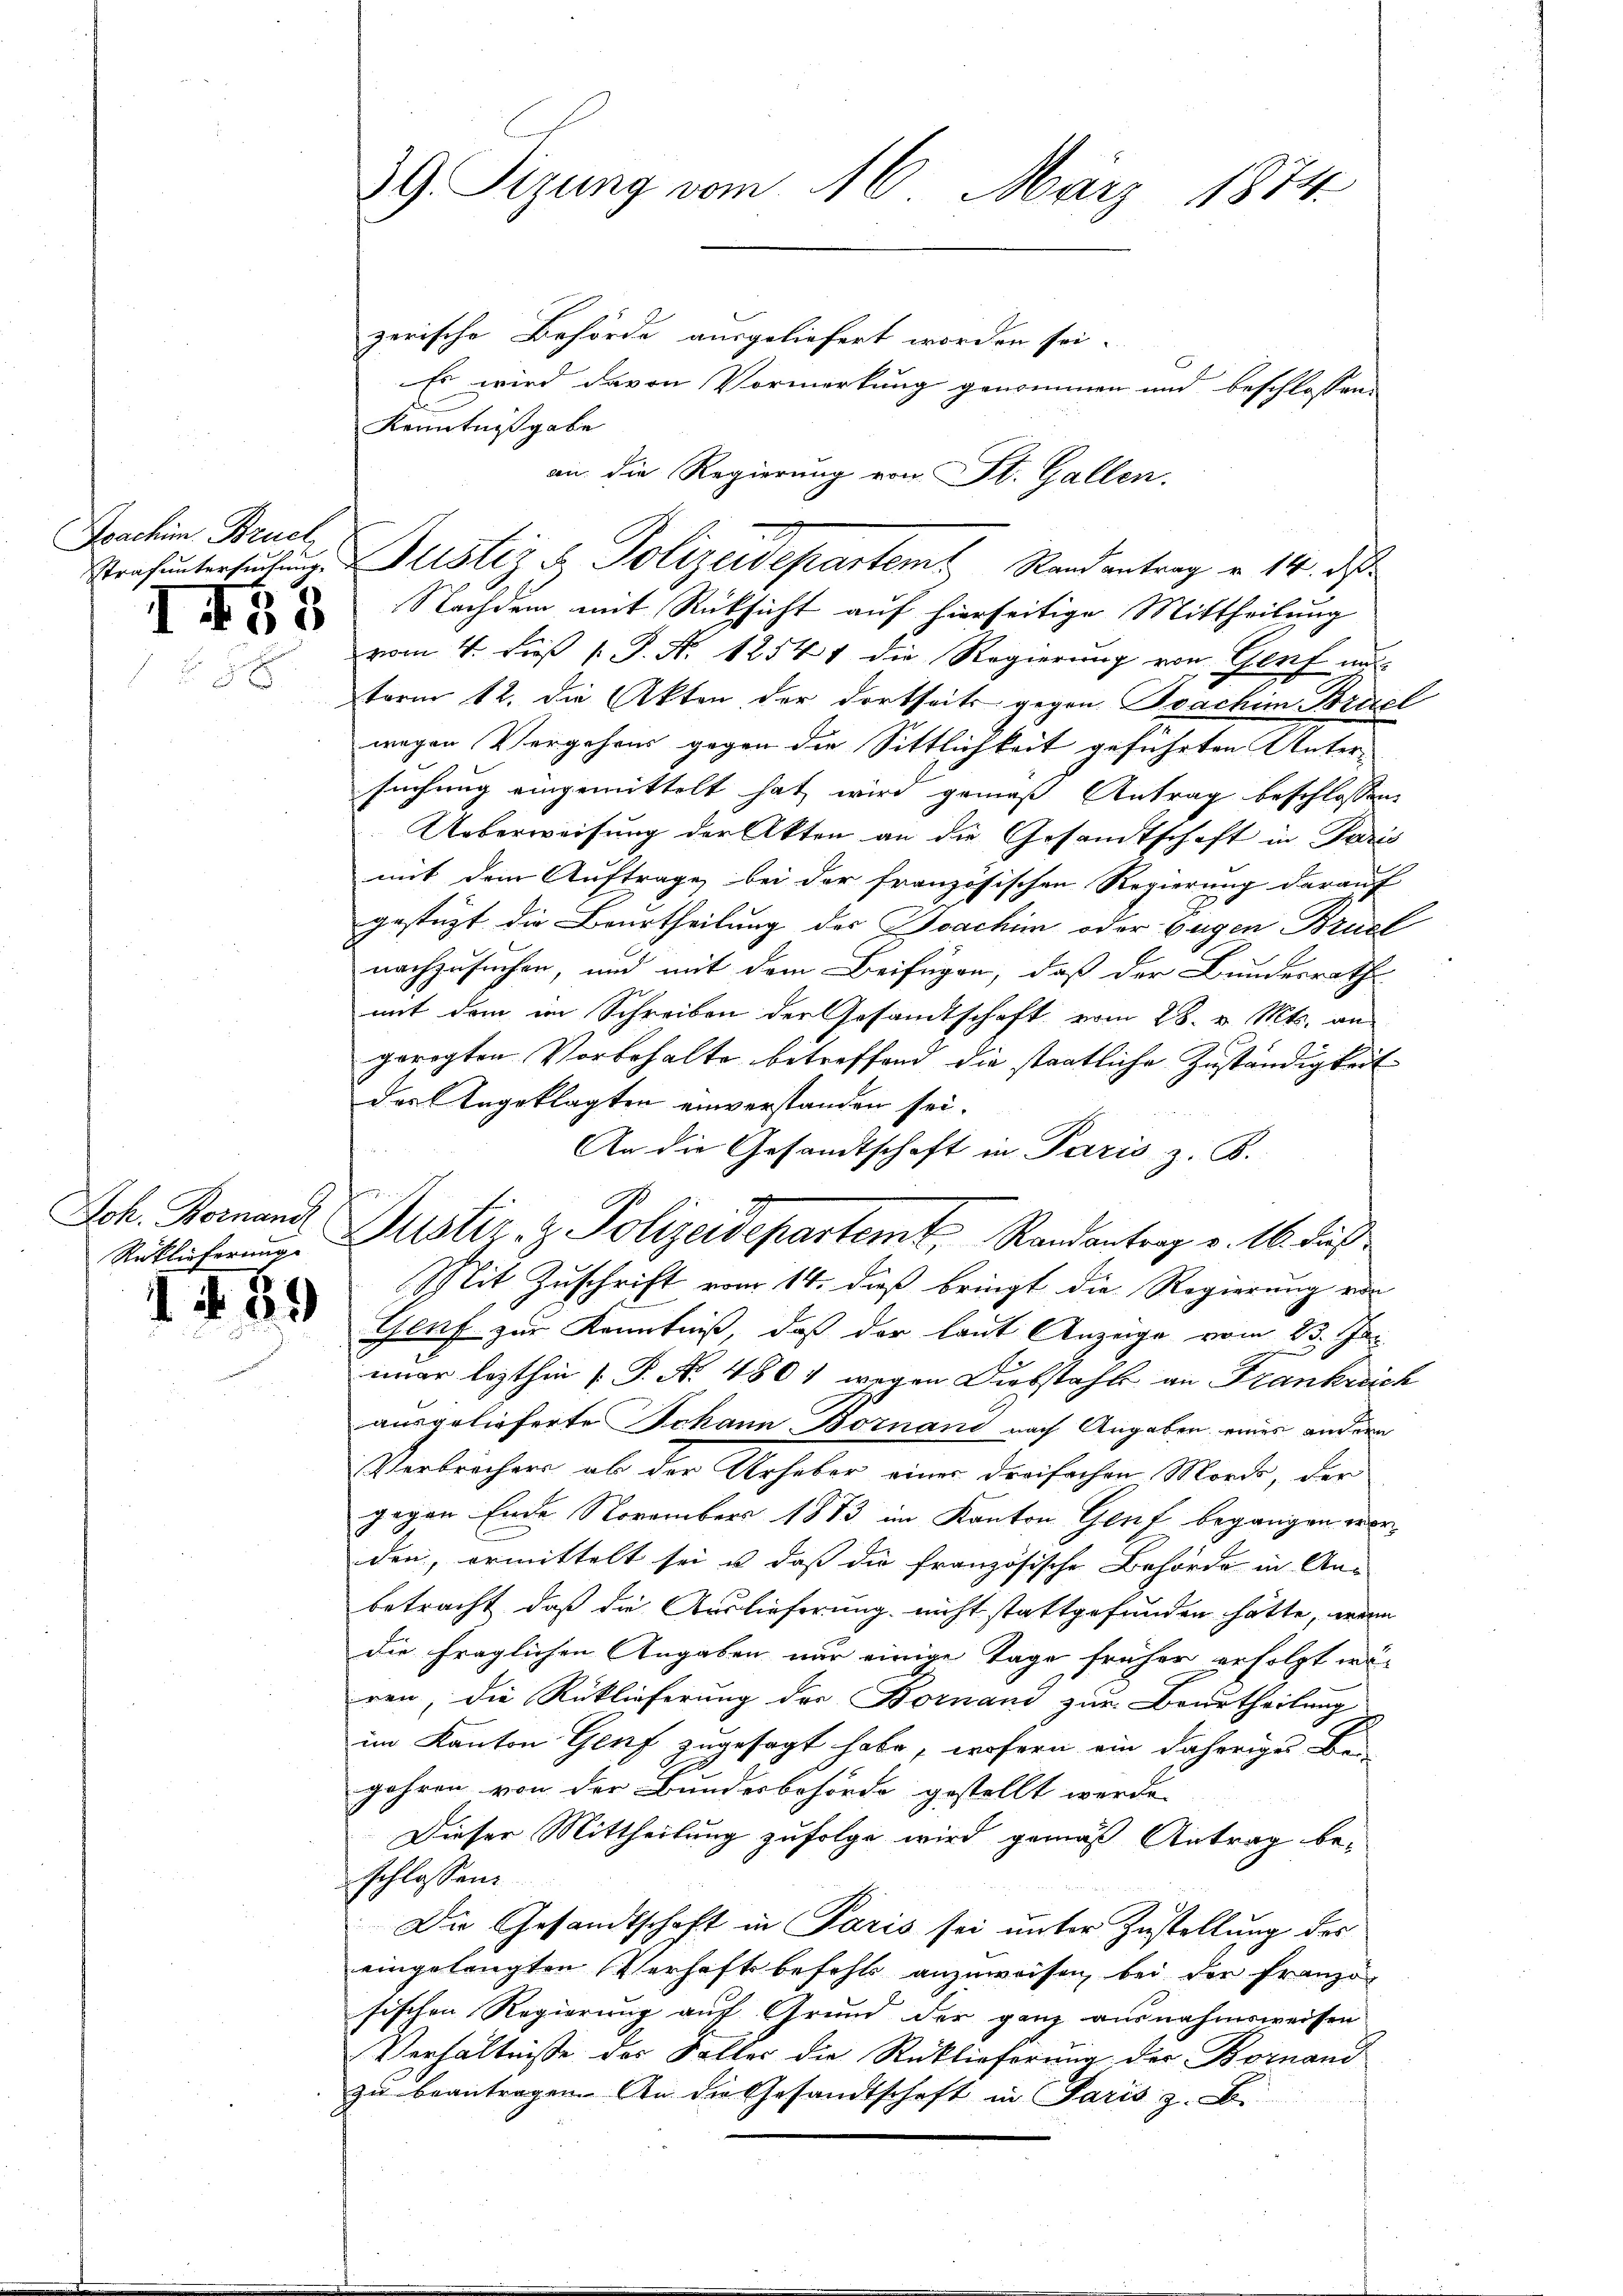
Joachim Bruch

458

Joh. Bornand

189

9. Sizung vom 16. März 1874

zerische Behörde ausgeliefert worden sei.
Es wird davon Vormerkung genommen und beschlossen,
Kenntnißgabe
vom 4. Fuß [ P. N. 12541 die Regierung von Genf mit
term 12. die Akten der dortseits gegen Boachim Bruel
wegen Vergehens gegen die Sittlichkeit geführten Untersuchung eingemittelt hat wird gemäß Antrag beschlossen
Ueberweisung der Akten an die Gesandtschaft in Paris
mit dem Auftrage bei der französischen Regierung darauf
gestützt die Beurtheilung des Joachim oder Eugen Brück
nachzusuchen, und mit dem Beifügen, daß der Bundesrath
mit dem im Schreiben der Gesandtschaft vom 28. v. Mts. an
geregten Vorbehalte betreffend die staatliche Zuständigkeit
das Angeklagten einverstanden sei.
An die Gesandtschaft in Paris z. B.
Mit Zuschrift vom 14. dieß bringt die Regierung von
Gruf zur Kenntniß, daß der laut Anzeige vom 23. Jun
imer lezthin (: P. Nr. 480 & wegen Diebstahle an Frankreich
ausgelieferte Johann Bornand nach Angaben eines andern
Verbrechers ab der Urheber einer dreifachen Mords, der
gegen Ende November 1883 im Kanton Gent begangen worden, ermittelt sei u. daß die französische Behörde in An-
betracht, daß die Auslieferung nicht stattgefunden hätte, wenn
die fraglichen Angaben nur einige Tage früher erfolgt wären, die Rücklieferung der Bornand zur Beurtheilung
im Kanton Genf zugesagt habe, wofern ein daheriges Be-
jahren von der Bundesbehörde gestellt werde.
Dieser Mittheilung zufolge wird gemäß Antrag be-
schlossen:
Die Gesandtschaft in Paris sei unter Zustellung des
eingelangten Verhaftsbefehls anzuweisen, bei der Franzol
sischen Regierung auf Grund der ganz ausnahmsweisen
Verhältnisse des Faller die Rücklieferung der Bornand
zu beantragen. An die Gesandtschaft in Paris z. B.

an die Regierung von St. Gallen.
Strafuntersŭchŭng Justiz u. Polizeidepartem Stand antrag u. 14. das
Nachdem mit Rücksicht auf hierseitige Mittheilung

Rütlicherung. Justiz & Polizeidepartemt, Randantrag v. 16. daß